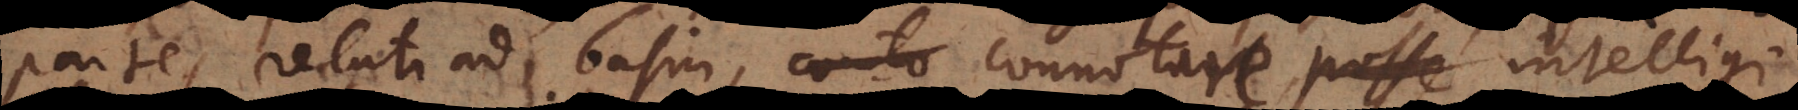
partes relati ad basin, connotare posse intel